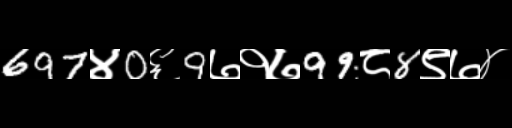
Text: 697४0६9७१७99८8९७४